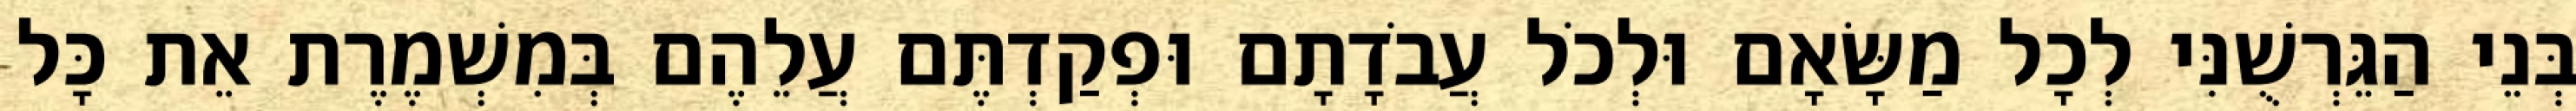
בְּנֵי הַגֵּרְשֻׁנִּי לְכָל מַשָּׂאָם וּלְכֹל עֲבֹדָתָם וּפְקַדְתֶּם עֲלֵהֶם בְּמִשְׁמֶרֶת אֵת כָּל